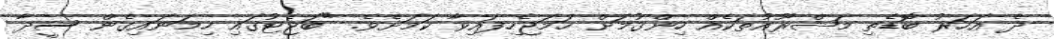
ދެ އަހަރު ބޮޑެތި މަޝްރޫއުތަކެއް ހިންގުމަށް ހަމަޖެހިފައިވާ ކަމަށެވެ. "ބަޖެޓުގައި ހިމަނައިގެން ސީދާ